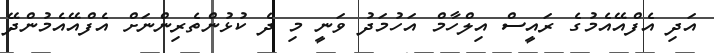
އަދި އެފްއޭއެމުގެ ރައީސް އިލްހާމް އަހުމަދު ވަނީ މި ދެ ކުޅުންތެރިންނަށް އެފްއޭއެމުންދޭ